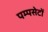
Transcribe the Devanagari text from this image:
पम्पसेटों